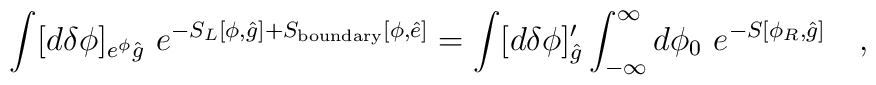
\int [d \delta \phi ]_{e^\phi {\hat g}} ~ e^{-S_L[\phi,{\hat g}]   + S_{\rm boundary}[\phi ,{\hat e}] }     = \int [d \delta \phi ]^{\prime}_{{\hat g}} \int_{-\infty}^{\infty}              d\phi_0 ~ e^{-S[\phi_R,{\hat g}]  }  \quad ,